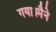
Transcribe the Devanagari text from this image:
गया।मैने